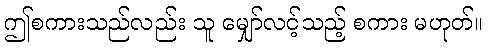
ဤစကားသည်လည်း သူ မျှော်လင့်သည့် စကား မဟုတ်။